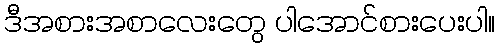
ဒီအစားအစာလေးတွေ ပါအောင်စားပေးပါ။